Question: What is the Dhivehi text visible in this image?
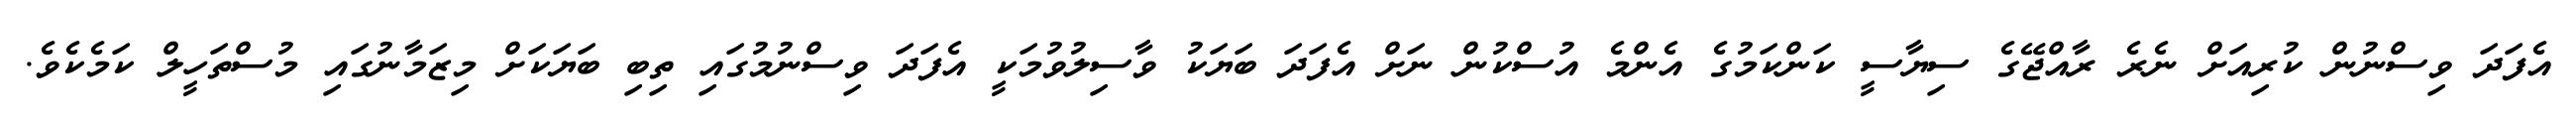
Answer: އެފަދަ ވިސްނުން ކުރިއަށް ނެރެ ރާއްޖޭގެ ސިޔާސީ ކަންކަމުގެ އެންމެ އުސްކުން ނަށް އެފަދަ ބަޔަކު ވާސިލުވުމަކީ އެފަދަ ވިސްނުމުގައި ތިބި ބަޔަކަށް މިޒަމާނުގައި މުސްތަހީލް ކަމެކެވެ.